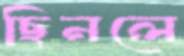
ছিনলে